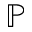
\mathbb { P }